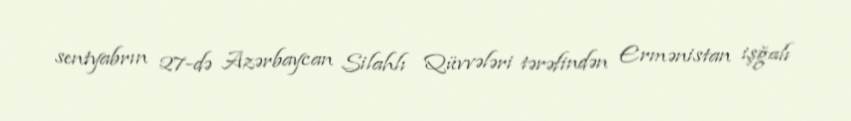
sentyabrın 27-də Azərbaycan Silahlı Qüvvələri tərəfindən Ermənistan işğalı